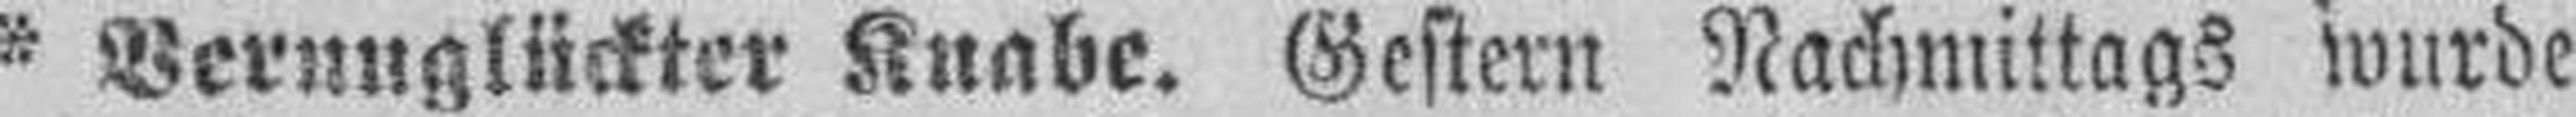
* Verunglückter Knabe. Gestern Nachmittags wurde